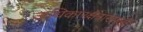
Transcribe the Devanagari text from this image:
अधिकारक्षेत्राखाली